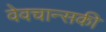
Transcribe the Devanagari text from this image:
वेवचान्सकी